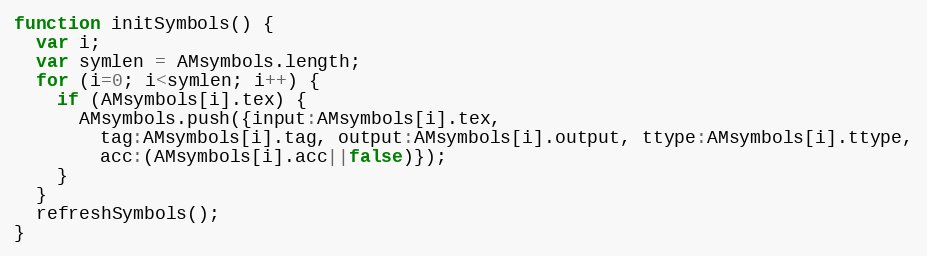
Language: JavaScript
function initSymbols() {
  var i;
  var symlen = AMsymbols.length;
  for (i=0; i<symlen; i++) {
    if (AMsymbols[i].tex) {
      AMsymbols.push({input:AMsymbols[i].tex,
        tag:AMsymbols[i].tag, output:AMsymbols[i].output, ttype:AMsymbols[i].ttype,
        acc:(AMsymbols[i].acc||false)});
    }
  }
  refreshSymbols();
}